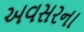
અવસરના